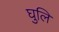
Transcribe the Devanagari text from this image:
घुलि